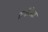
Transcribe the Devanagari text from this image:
रुंदीपेक्षा